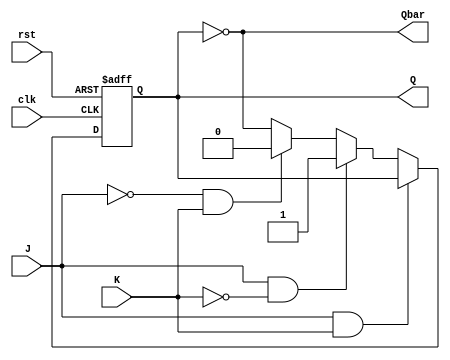
module jk_flipflop(
    input wire clk,    // Clock input
    input wire rst,    // Reset input
    input wire J,      // J input
    input wire K,      // K input
    output reg Q,      // Q output
    output reg Qbar    // Qbar output
);

reg master_Q, slave_Q;

// Master stage
always @ (posedge clk or posedge rst)
begin
    if (rst) begin
        master_Q <= 1'b0;
    end else begin
        if (J && K) begin
            master_Q <= master_Q;
        end else if (J && !K) begin
            master_Q <= 1'b1;
        end else if (!J && K) begin
            master_Q <= 1'b0;
        end else begin
            master_Q <= ~master_Q;
        end
    end
end

// Slave stage
always @ (posedge clk or posedge rst)
begin
    if (rst) begin
        slave_Q <= 1'b0;
    end else begin
        slave_Q <= master_Q;
    end
end

assign Q = master_Q;
assign Qbar = ~master_Q;

endmodule